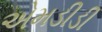
એમડીડી